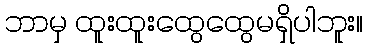
ဘာမှ ထူးထူးထွေထွေမရှိပါဘူး။